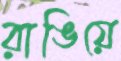
রাঙিয়ে